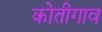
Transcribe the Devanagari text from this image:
कोतीगाव